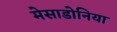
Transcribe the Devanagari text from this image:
मेसाडोनिया